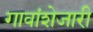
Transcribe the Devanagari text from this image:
गावांशेजारी